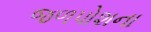
જળપોશના